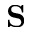
\mathbf { S }